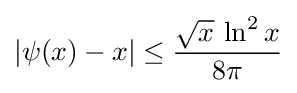
|\psi (x)-x|\leq {\frac {{\sqrt {x}}\,\ln ^{2}x}{8\pi }}